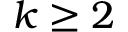
k \geq 2